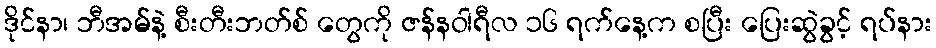
ဒိုင်နာ၊ ဘီအမ်နဲ့ စီးတီးဘတ်စ် တွေကို ဇန်နဝါရီလ ၁၆ ရက်နေ့က စပြီး ပြေးဆွဲခွင့် ရပ်နား